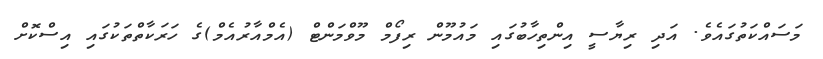
މަސައްކަތުގައެވެ. އަދި ރިޔާސީ އިންތިހާބުގައި މައުމޫން ރިފޯމް މޫވްމަންޓް (އެމްއާރުއެމް)ގެ ހަރަކާތްތަކުގައި އިސްކޮށް